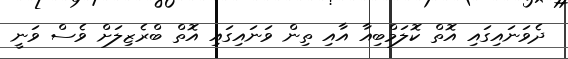
ދެވަނައިގައި އޮތް ކޮލަމްބިއާ އާއި ތިން ވަނައިގައި އޮތް ބްރެޒިލަށް ވެސް ވަނީ